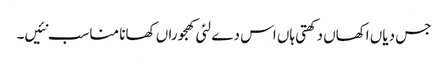
جس دیاں اکھاں دکھتی ہاں اس دے لئی کھجوراں کھانا مناسب نئیں۔